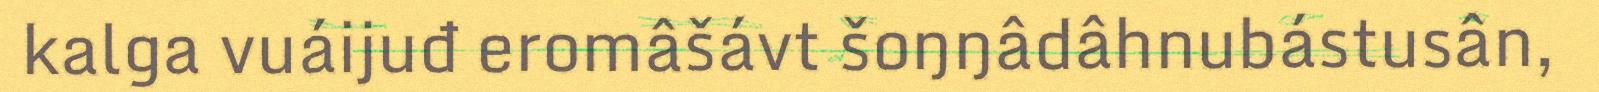
kalga vuáijuđ eromâšávt šoŋŋâdâhnubástusân,